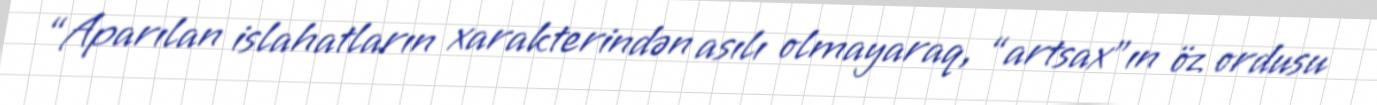
“Aparılan islahatların xarakterindən asılı olmayaraq, “artsax”ın öz ordusu